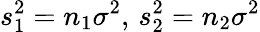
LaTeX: s_{1}^{2}=n_{1}\sigma^{2},\, s_{2}^{2}=n_{2}\sigma^{2}